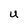
Character: U